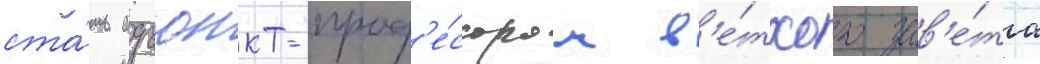
ста́ть адъюнкт-проф'е́ссором в'е́тхого зав'е́та